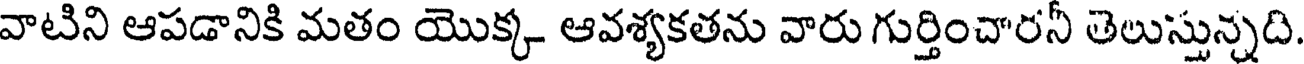
వాటిని ఆపడానికి మతం యొక్క ఆవశ్యకతను వారు గుర్తించారనీ తెలుస్తున్నది